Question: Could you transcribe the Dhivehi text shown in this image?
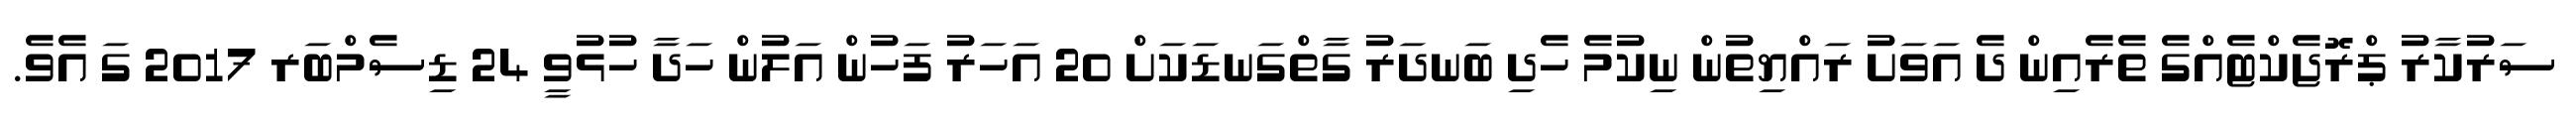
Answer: ސަރުކާރު ޕްރޮޖެކްޓެއްގެ ތެރެއިން ދެ އަވަށު ރައްޔިތުން ނިކުމެ ހެދި ބަނދަރު ގާތްގަނޑަކަށް 20 އަހަރު ފަހުން އަލުން ހަދާ ހުޅުވީ 24 ޑިސެމްބަރ 2017 ގަ އެވެ.